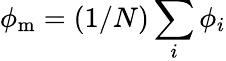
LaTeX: \phi_{\mathrm{m}}=(1/N)\sum_{i}\phi_{i}